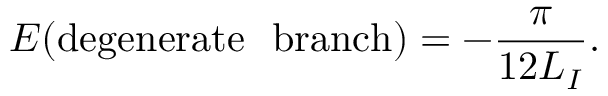
E ( \mathrm { d e g e n e r a t e ~ ~ b r a n c h } ) = - \frac { \pi } { 1 2 L _ { I } } .